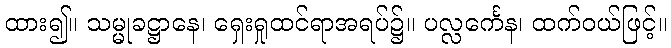
ထား၍။ သမ္မုခဋ္ဌာနေ၊ ရှေးရှုထင်ရာအရပ်၌။ ပလ္လင်္ကေန၊ ထက်ဝယ်ဖြင့်။